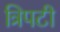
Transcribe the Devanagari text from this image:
त्रिपटी